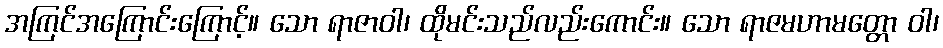
အကြင်အကြောင်းကြောင့်။ သော ရာဇာဝါ၊ ထိုမင်းသည်လည်းကောင်း။ သော ရာဇမဟာမတ္တော ဝါ၊